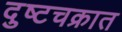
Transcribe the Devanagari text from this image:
दुष्टचक्रात